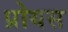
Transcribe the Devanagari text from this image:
प्रोयस